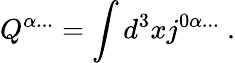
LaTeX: Q^{\alpha...}=\int d^{3}xj^{0\alpha...}\ .